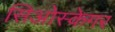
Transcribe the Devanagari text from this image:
सिओस्केगर